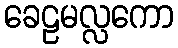
ခေဠမလ္လကော